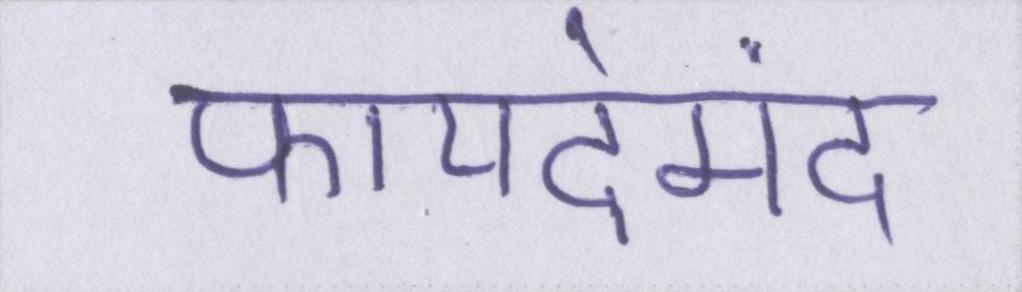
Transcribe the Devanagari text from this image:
फायदेमंद